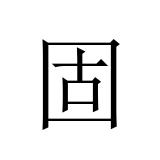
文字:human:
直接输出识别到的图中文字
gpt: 固